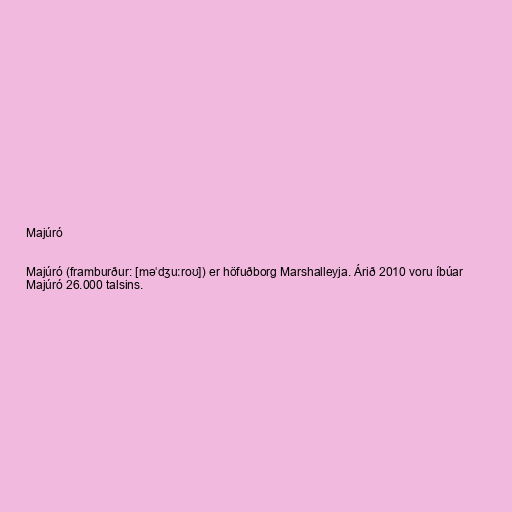
Majúró

Majúró (framburður: [məˈdʒuːroʊ]) er höfuðborg Marshalleyja. Árið 2010 voru íbúar
Majúró 26.000 talsins.